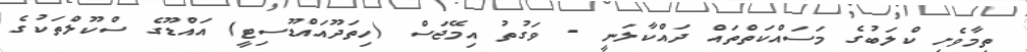
ތިމާވެށި ކްލަބުގެ މަސައްކަތްތައް ދައްކާލަނީ - ވަގުތު އިމޭޖަސް (ހިތަދޫއައްޑޫސިޓީ) އައްޑޫގެ ސްކޫލްތަކުގެ